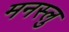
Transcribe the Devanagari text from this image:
मनस्लु